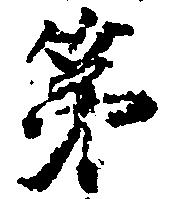
第